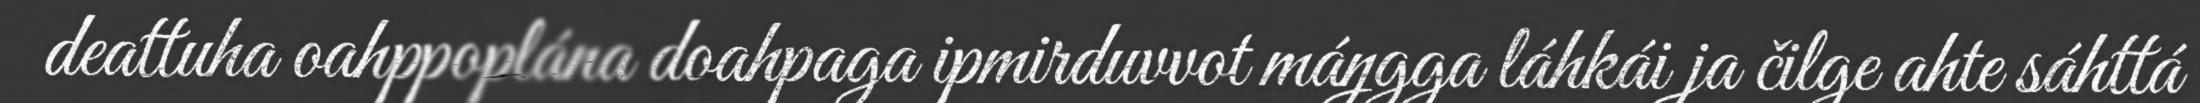
deattuha oahppoplána doahpaga ipmirduvvot máŋgga láhkái ja čilge ahte sáhttá